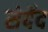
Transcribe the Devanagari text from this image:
सेर्देद